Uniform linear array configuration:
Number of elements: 32
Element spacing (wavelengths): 0.25
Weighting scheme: kaiser
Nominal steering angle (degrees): -15
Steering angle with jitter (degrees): -16.175
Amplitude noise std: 0.05
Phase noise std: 0.05

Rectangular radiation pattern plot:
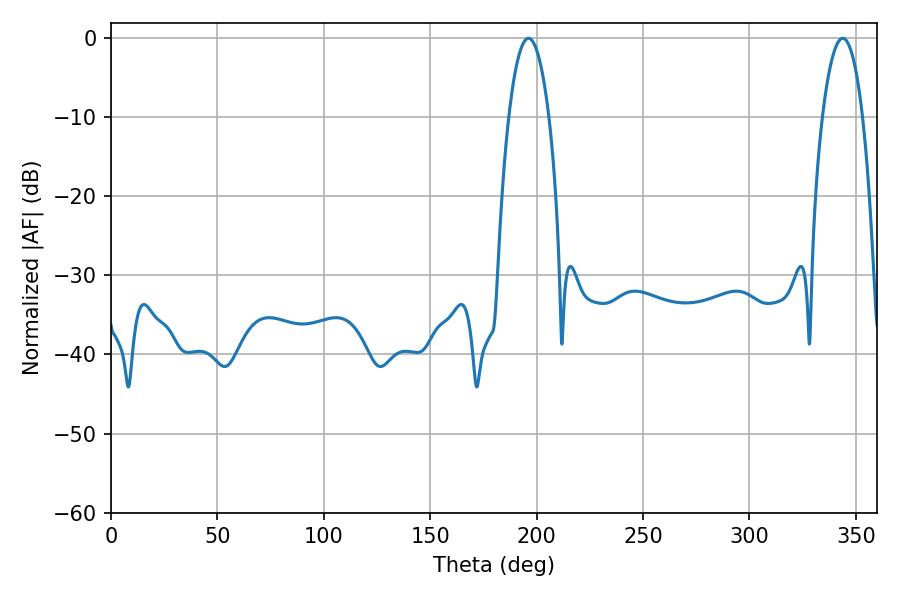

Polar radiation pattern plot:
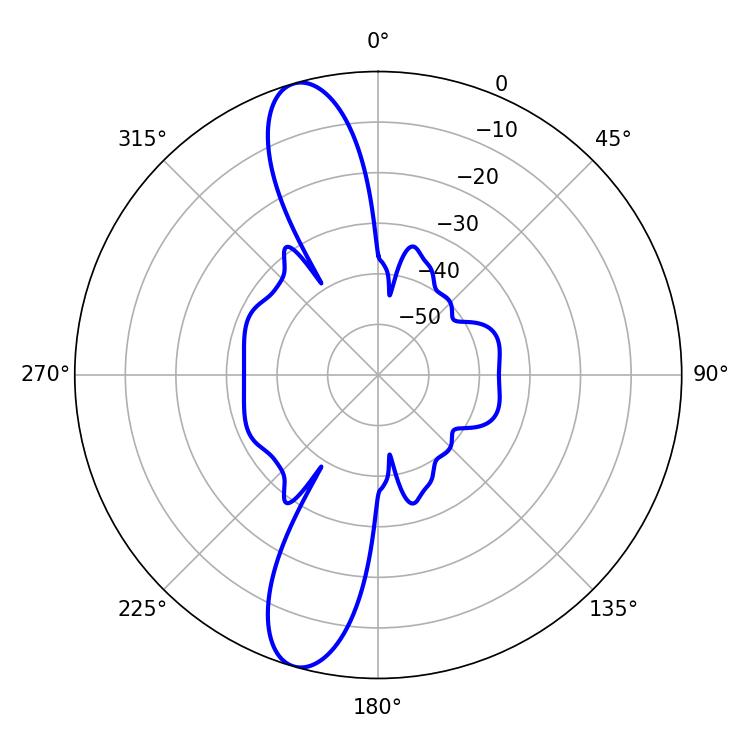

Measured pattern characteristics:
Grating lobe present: FALSE
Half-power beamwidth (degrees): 10.44
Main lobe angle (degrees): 196.2